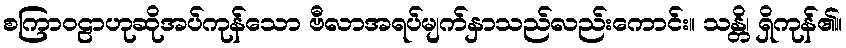
စကြာဝဠာဟုဆိုအပ်ကုန်သော ဗီလာအရပ်မျက်နှာသည်လည်းကောင်း။ သန္တိ၊ ရှိကုန်၏။